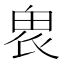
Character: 𤱮